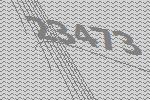
23473